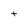
Character: t